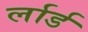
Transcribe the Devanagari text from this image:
र्लार्ड